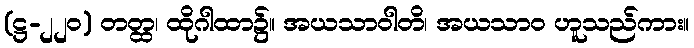
(ဋ္ဌ-၂၂၀) တတ္ထ၊ ထိုဂါထာ၌။ အယသာဝါတိ၊ အယသာဝ ဟူသည်ကား။